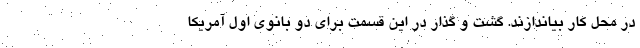
در محل کار بیاندازند. گشت و گذار در این قسمت برای دو بانوی اول آمریکا